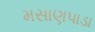
મસાણપાડા